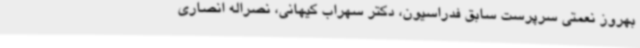
بهروز نعمتی سرپرست سابق فدراسیون، دکتر سهراب کیهانی، نصراله انصاری